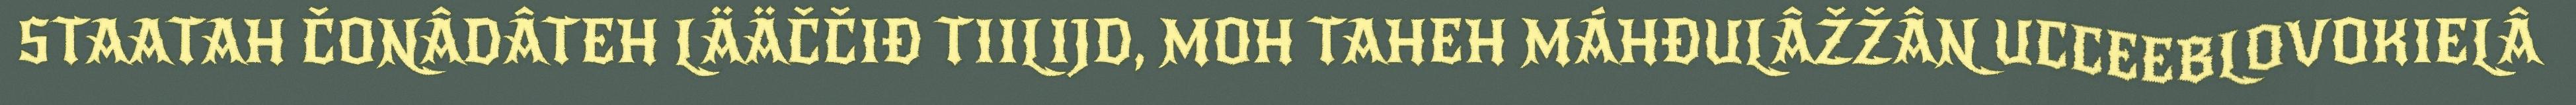
STAATAH ČONÂDÂTEH LÄÄČČIĐ TIILIJD, MOH TAHEH MÁHĐULÂŽŽÂN UCCEEBLOVOKIELÂ